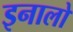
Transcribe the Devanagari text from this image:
इनालो